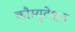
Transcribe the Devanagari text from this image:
कौम्युटेशन